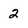
Character: 2